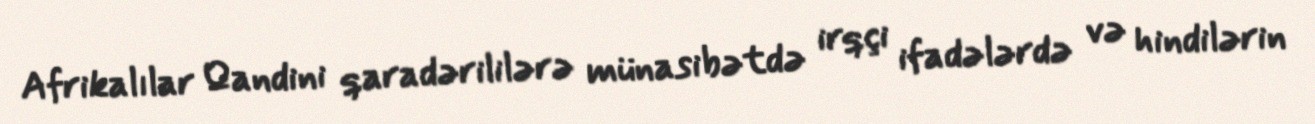
Afrikalılar Qandini qaradərililərə münasibətdə irqçi ifadələrdə və hindilərin